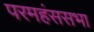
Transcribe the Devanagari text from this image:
परमहंससभा